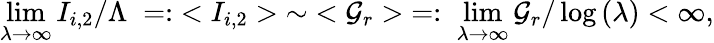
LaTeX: \operatorname*{lim}_{\lambda\to\infty}I_{i,2}/\Lambda\; =:\; <I_{i,2}>\; \sim\; <{\cal G}_{r}>\; =:\; \operatorname*{lim}_{\lambda\to\infty}{\cal G}_{r}/\log{(\lambda)}<\infty,